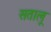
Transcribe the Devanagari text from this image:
सतालू